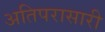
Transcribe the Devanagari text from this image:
अतिपरासारी